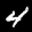
Label: 4